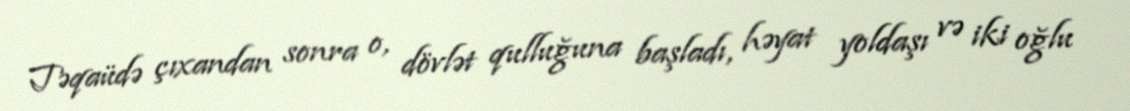
Təqaüdə çıxandan sonra o, dövlət qulluğuna başladı, həyat yoldaşı və iki oğlu